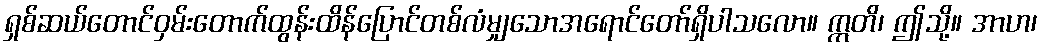
ရှစ်ဆယ်တောင်ဝှမ်းတောက်ထွန်းထိန်ပြောင်တစ်လံမျှသောအရောင်တော်ရှိပါသလော။ ဣတိ၊ ဤသို့။ အာဟ၊